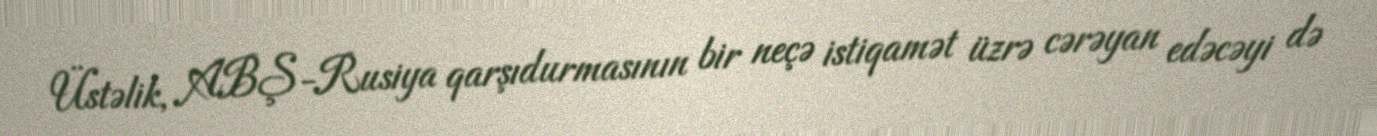
Üstəlik, ABŞ-Rusiya qarşıdurmasının bir neçə istiqamət üzrə cərəyan edəcəyi də